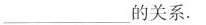
_的关系。